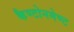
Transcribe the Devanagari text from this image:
कैण्टोनमेण्ट